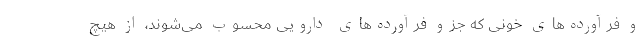
و فرآورده‌های خونی که جزو فرآورده‌های دارویی محسوب می‌شوند، از هیچ